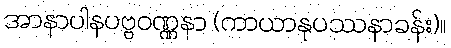
အာနာပါနပဗ္ဗဝဏ္ဏနာ (ကာယာနုပဿနာခန်း)။